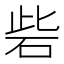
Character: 砦